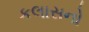
કલાસનો